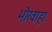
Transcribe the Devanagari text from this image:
भोरवाहा